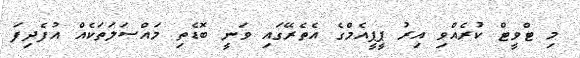
މި ޓްވީޓް ކުރެއްވި އިރު ޕީޕީއެމްގެ އެތެރޭގައި ވަނީ ބޮޑެތި މައްސަލަތަކެއް އުފެދިފަ